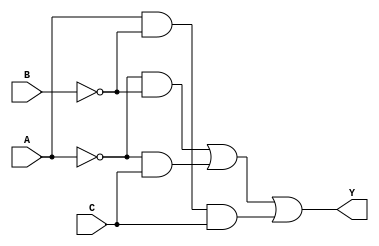
module kmap_3var (
    input wire A,  // Input variable A
    input wire B,  // Input variable B
    input wire C,  // Input variable C
    output wire Y  // Output variable Y
);

// K-map output based on the provided truth table
// K-map layout:
// BC
//  00  01  11  10
// +----------------
// A| 0   1   3   2  (Row A=0)
// 0| 0   1   1   0  (Row A=1)

// The output Y can be derived from the K-map as follows:
// Y = (A'B'C') + (A'B'C) + (A'BC) + (AB'C) 
//   = (A'B') + (A'BC) + (AB'C) 
//   = A'B' + A'C + AB'C

assign Y = (~A & ~B) | (~A & C) | (A & ~B & C);

endmodule